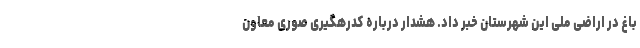
باغ در اراضی ملی این شهرستان خبر داد. هشدار درباره کدرهگیری صوری معاون